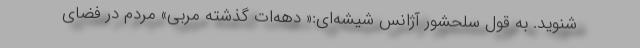
شنوید. به قول سلحشور آژانس شیشه‌ای:« دهه‌ات گذشته مربی» مردم در فضای